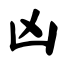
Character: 凶